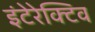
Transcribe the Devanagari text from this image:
इंटेरेक्टिव